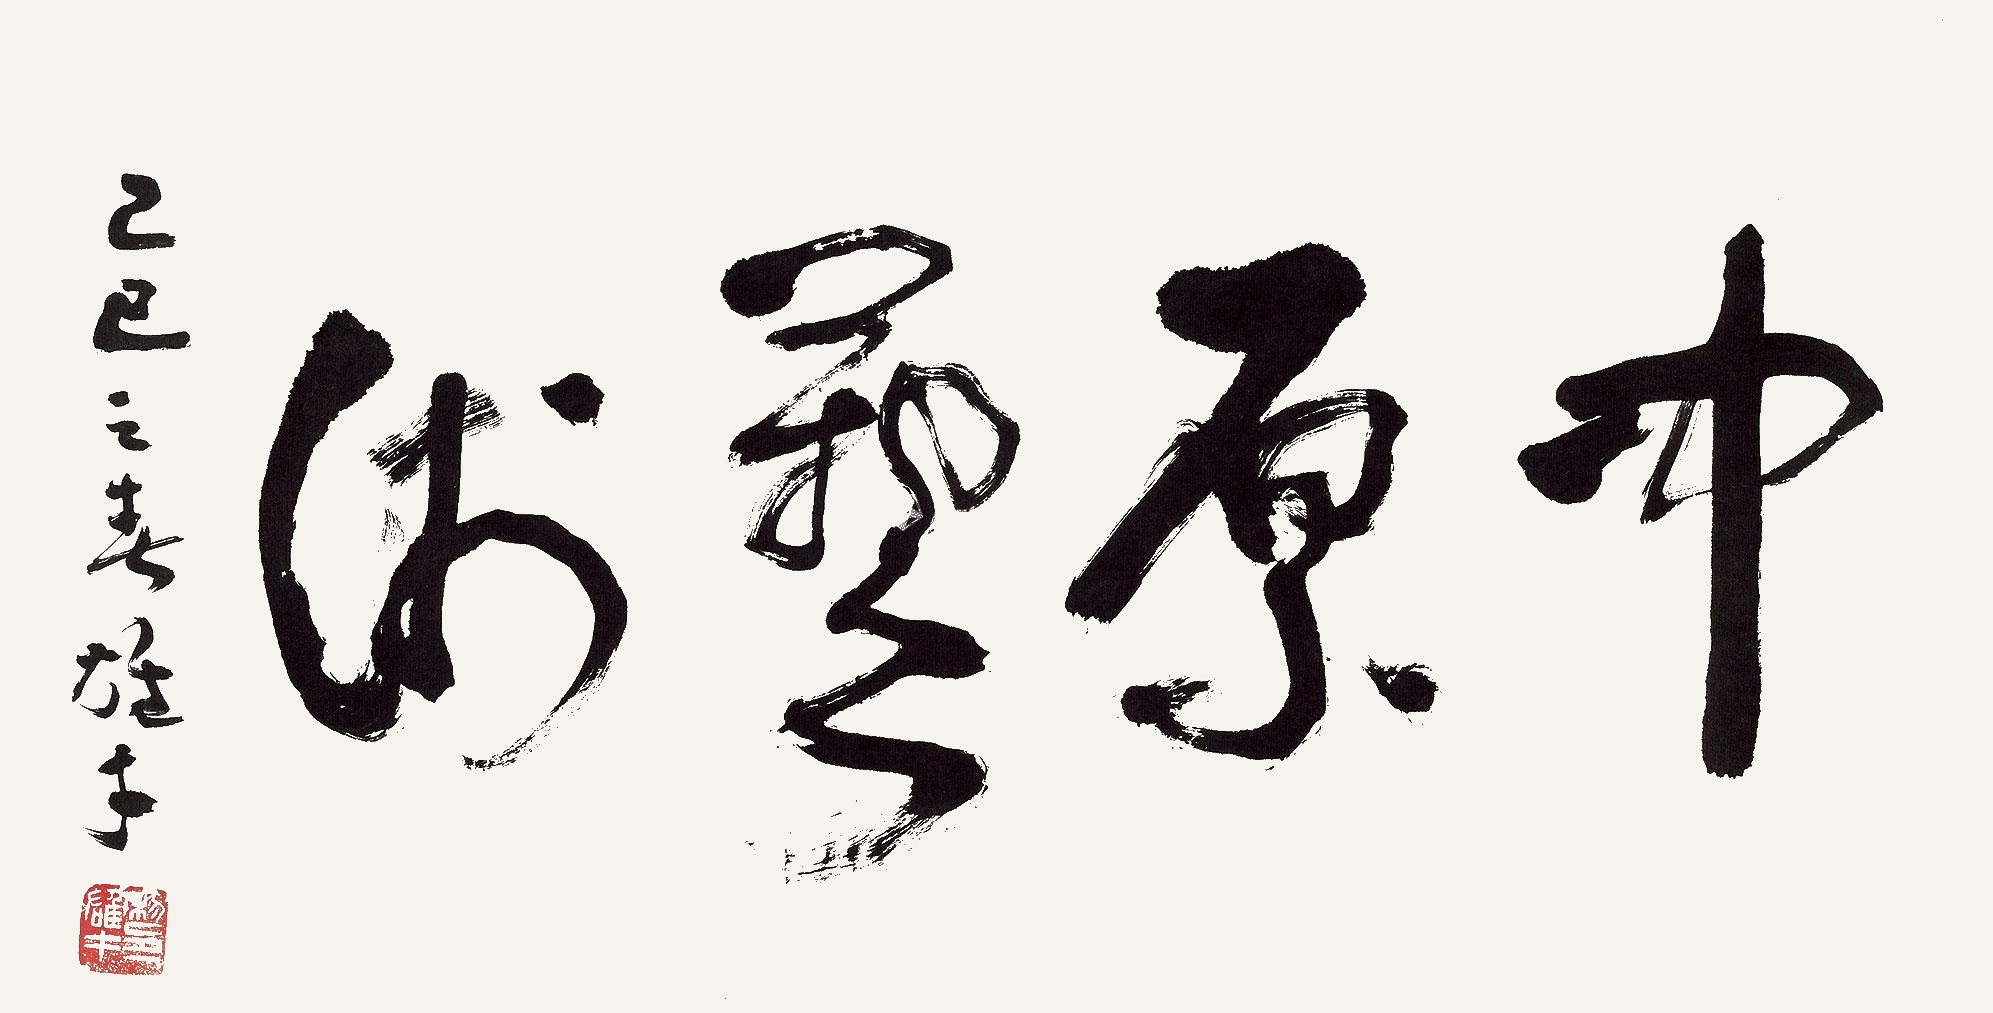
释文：中原艺术。己巳之春，雄才。